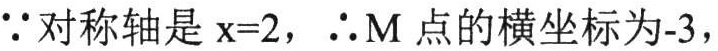
\(\because\)对称轴是\(x = 2\)，\(\therefore M\)点的横坐标为\(-3\)，